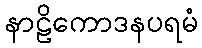
နာဠိကောဒနပရမံ